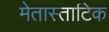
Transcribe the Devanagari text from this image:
मेतास्ताटिक